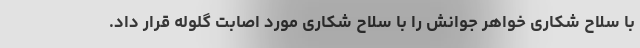
با سلاح شکاری خواهر جوانش را با سلاح شکاری مورد اصابت گلوله قرار داد.